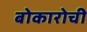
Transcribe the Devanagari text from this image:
बोकारोची